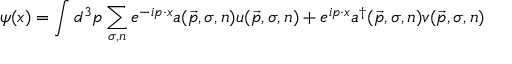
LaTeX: \psi ( x ) = \int d ^ { 3 } p \sum _ { \sigma , n } e ^ { - i p \cdot x } a ( { \vec { p } } , \sigma , n ) u ( { \vec { p } } , \sigma , n ) + e ^ { i p \cdot x } a ^ { \dagger } ( { \vec { p } } , \sigma , n ) v ( { \vec { p } } , \sigma , n )